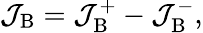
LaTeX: \mathcal{J}_{\mathrm{B}}=\mathcal{J}_{\mathrm{B}}^{+}-\mathcal{J}_{\mathrm{B}}^{-},